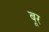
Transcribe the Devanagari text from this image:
बूर